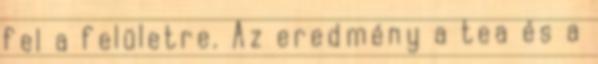
fel a felületre. Az eredmény a tea és a